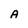
Character: A